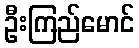
ဦးကြည်မောင်